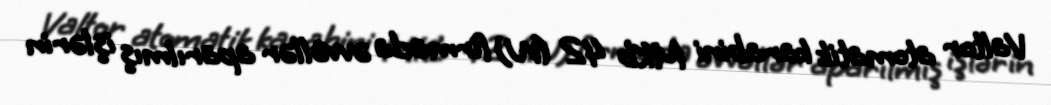
Valtor atomatik karabini MKb 42 (W) firmada əvvəllər aparılmış işlərin